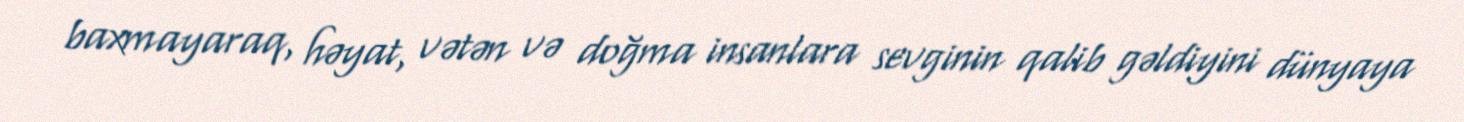
baxmayaraq, həyat, vətən və doğma insanlara sevginin qalib gəldiyini dünyaya